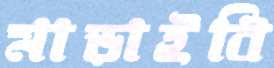
মাড়াইবি